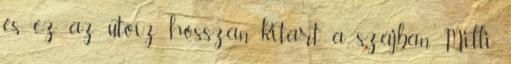
és ez az utóíz hosszan kitart a szájban. Milli